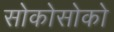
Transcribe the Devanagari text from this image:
सोकोसोको